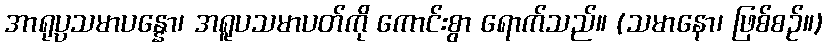
အာရုပ္ပသမာပန္နော၊ အရူပသမာပတ်ကို ကောင်းစွာ ရောက်သည်။ (သမာနော၊ ဖြစ်စဉ်။)